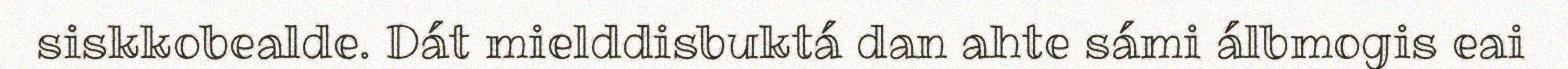
siskkobealde. Dát mielddisbuktá dan ahte sámi álbmogis eai